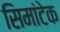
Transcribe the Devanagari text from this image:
सिमांटेक